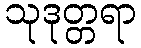
သုဒုတ္တရာ